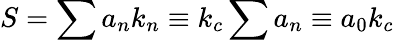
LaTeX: S=\sum a_{n}k_{n}\equiv k_{c}\sum a_{n}\equiv a_{0}k_{c}